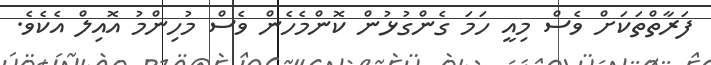
ފަރާތްތަކަށް ވެސް މިއީ ހަމަ ގެންގުޅުން ކޮންމެހެން ވެސް މުހިންމު އޮއިލް އެކެވެ.